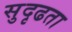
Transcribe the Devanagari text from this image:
सुदृढता